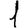
Digit: 1